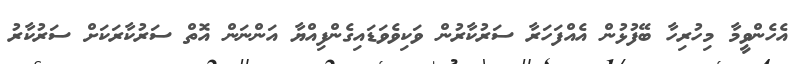
އެހެންވީމާ މިހުރިހާ ބޭފުޅުން އެއްފަހަރާ ސަރުކާރުން ވަކިވެވަޑައިގެންފިއްޔާ އަންނަން އޮތް ސަރުކާރަކަށް ސަރުކާރު